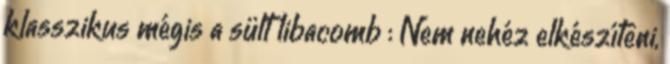
klasszikus mégis a sült libacomb : Nem nehéz elkészíteni,